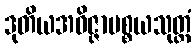
ဒုတိယအဝိဇ္ဇာပစ္စယသုတ္တံ